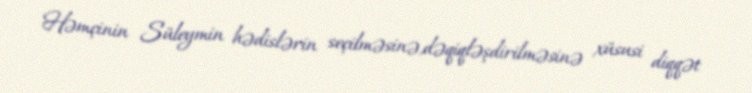
Həmçinin Süleymin hədislərin seçilməsinə,dəqiqləşdirilməsinə xüsusi diqqət